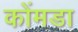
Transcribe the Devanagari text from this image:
कोंमडा